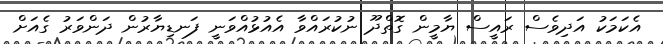
އެކަމަކު އަދިވެސް ރައީސް ޔާމީން ގޮތްދޫ ނުކުރައްވާ އެއުޅުއްވަނީ ފަނޑިޔާރުން ދަންވަރު ގެއަށް